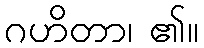
ဂဟိတာ၊ ၏။